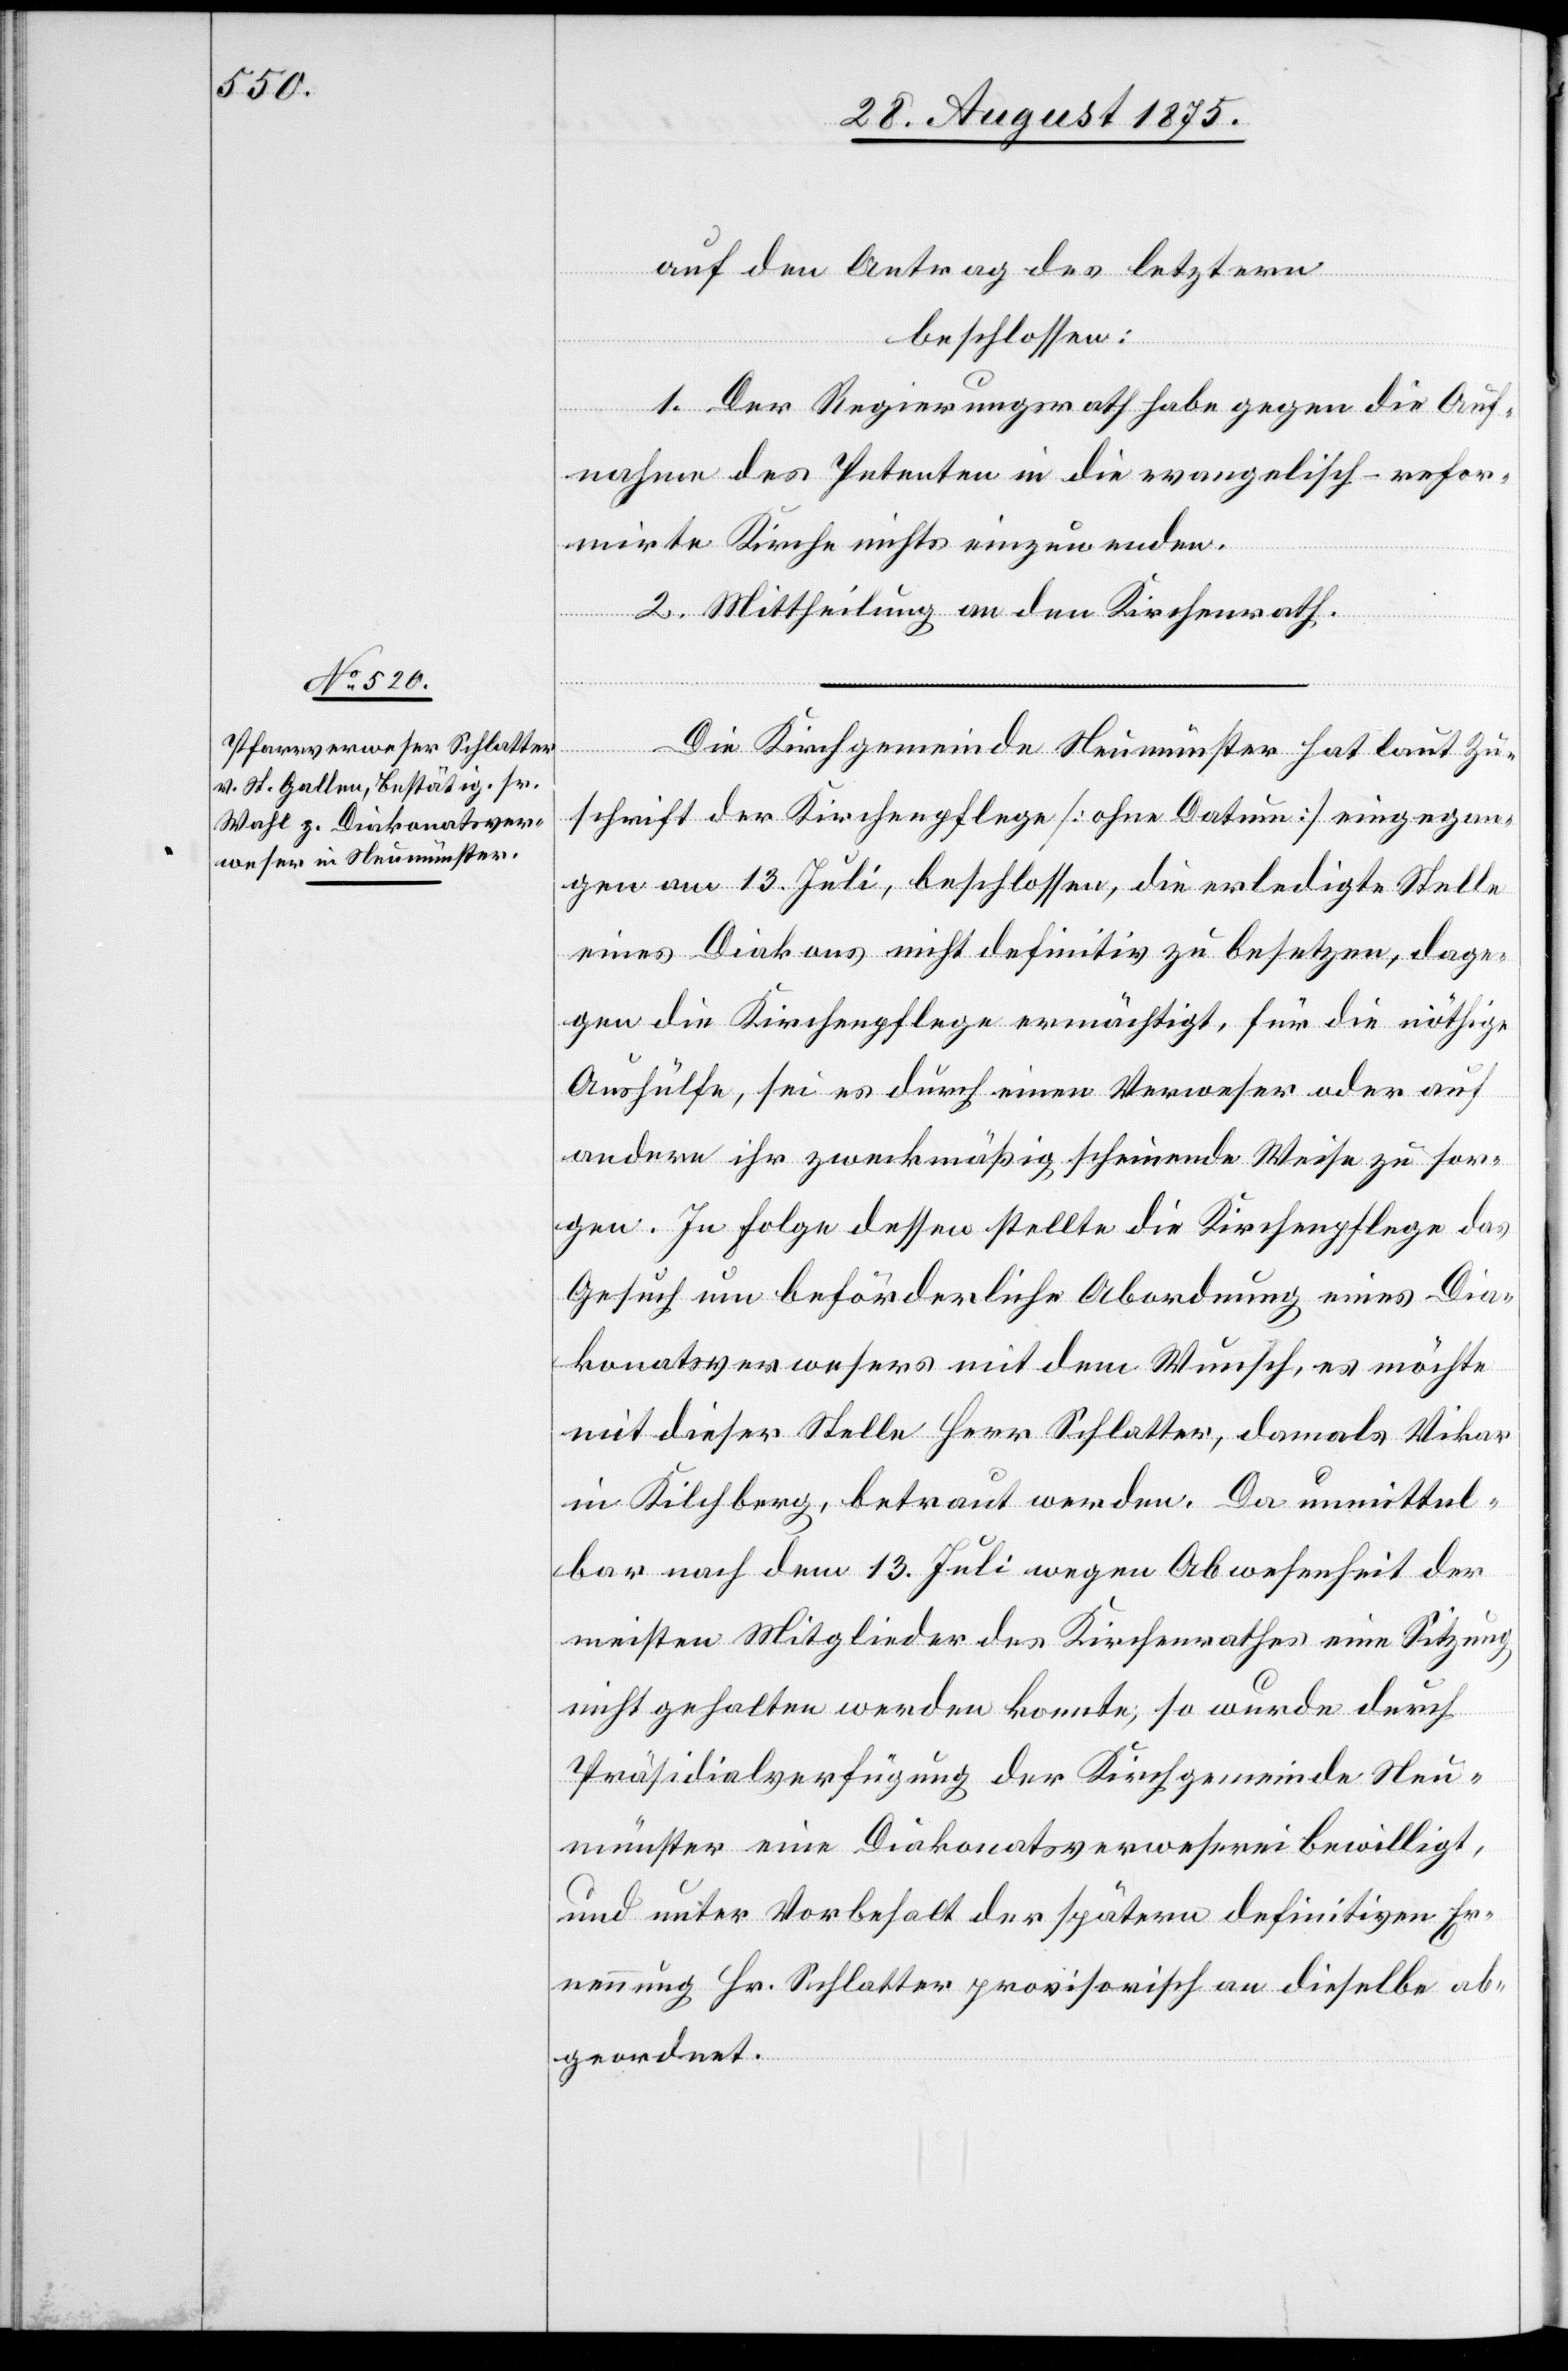
auf den Antrag des letztern
beschlossen:
1. Der Regierungsrath habe gegen die Auf¬
nahme des Petenten in die evangelisch-refor¬
mirte Kirche nichts einzuwenden.
2. Mittheilung an den Kirchenrath.
Die Kirchgemeinde Neumünster hat laut Zu¬
schrift der Kirchenpflege [ohne Datum] eingegan¬
gen am 13. Juli, beschlossen, die erledigte Stelle
eines Diakons nicht definitiv zu besetzen, dage¬
gen die Kirchenpflege ermächtigt, für die nöthige
Aushülfe, sei es durch einen Verweser oder auf
andere ihr zweckmäßig scheinende Weise zu sor¬
gen. In Folge dessen stellte die Kirchenpflege das
Gesuche um beförderliche Abordnung eines Dia¬
konatsverwesers mit dem Wunsch, es möchte
mit dieser Stelle Herr Schlatter, damals Vikar
in Kilchberg, betraut werden. Da unmittel¬
bar nach dem 13. Juli wegen Abwesenheit der
meisten Mitglieder des Kirchenrathes eine Sitzung
nicht gehalten werden konnte, so wurde durch
Präsidialverfügung der Kirchgemeinde Neu¬
münster eine Diakonatsverweserei bewilligt,
und unter Vorbehalt des spätern definitiven Er¬
nennung Hr. Schlatter provisorisch an dieselbe ab¬
geordnet.